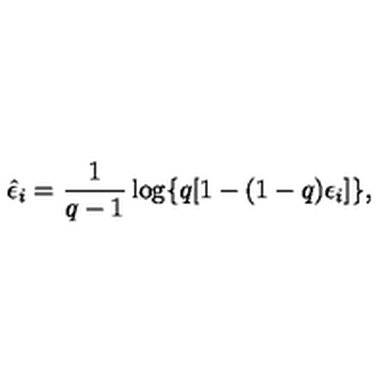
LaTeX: \hat { \epsilon } _ { i } = \frac { 1 } { q - 1 } \log \{ q [ 1 - ( 1 - q ) \epsilon _ { i } ] \} ,